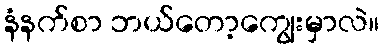
နံနက်စာ ဘယ်တော့ကျွေးမှာလဲ။